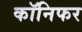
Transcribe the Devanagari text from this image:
कॉनिफर